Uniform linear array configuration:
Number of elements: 32
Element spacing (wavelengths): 0.25
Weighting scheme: uniform
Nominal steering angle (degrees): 45
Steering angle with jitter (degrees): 43.934
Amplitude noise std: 0.05
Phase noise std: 0.05

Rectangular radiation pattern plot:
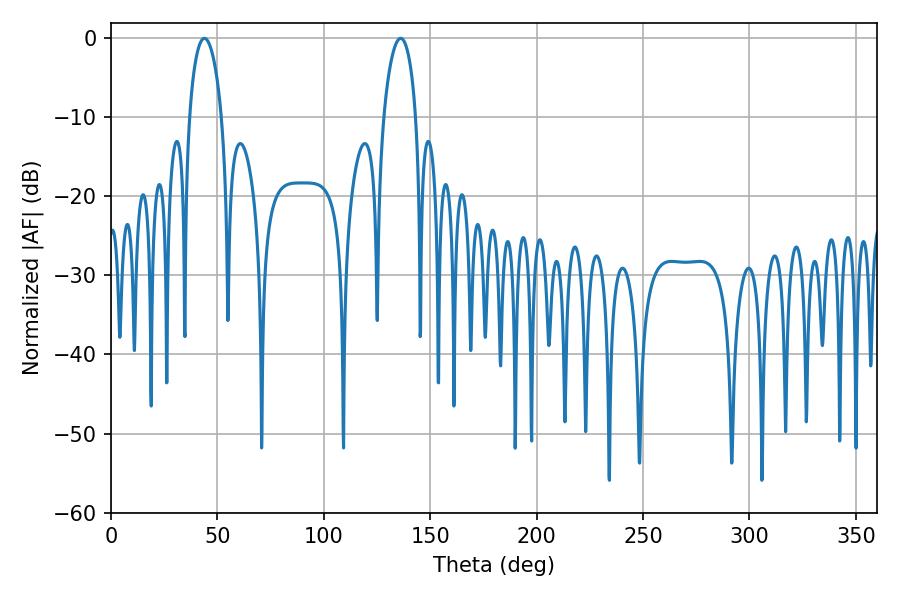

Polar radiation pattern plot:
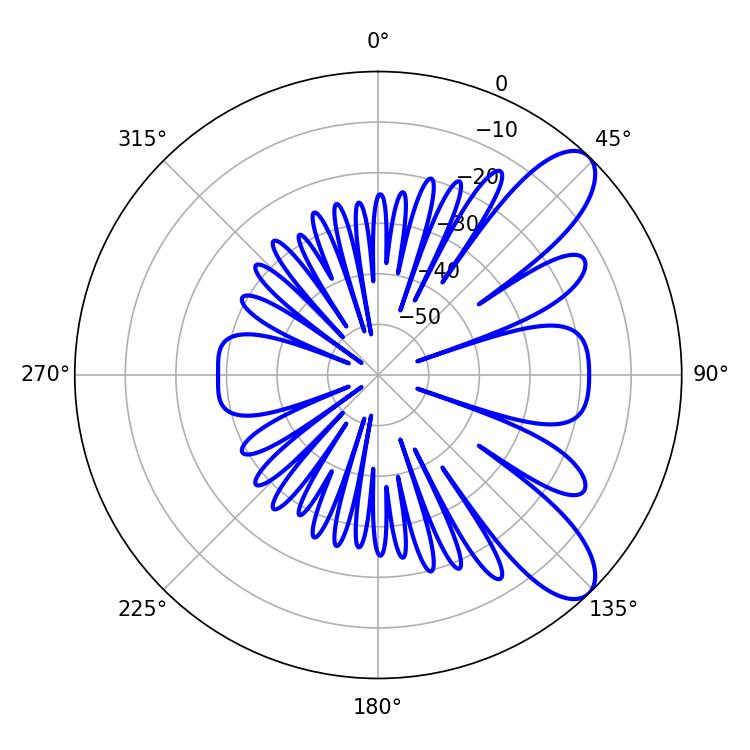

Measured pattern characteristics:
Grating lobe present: FALSE
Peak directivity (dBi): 9.207
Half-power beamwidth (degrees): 8.64
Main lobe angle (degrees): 43.92